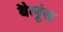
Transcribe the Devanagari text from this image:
बैलूंस